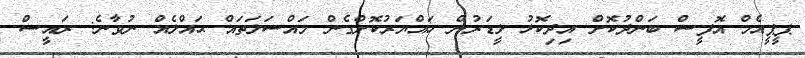
ޕީޕީއެމް އޮފީސް ބަންދުކޮށް އިދިކޮޅު ލީޑަރުން ހައްޔަރުކޮށްގެން މައްސަލަތައް ޙައްލެއް ނުވާނެ: ރައީސް